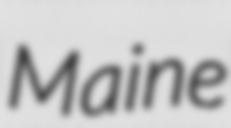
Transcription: Maine